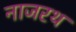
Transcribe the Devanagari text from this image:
नाजरथ